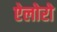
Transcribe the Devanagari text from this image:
ऐलोरो